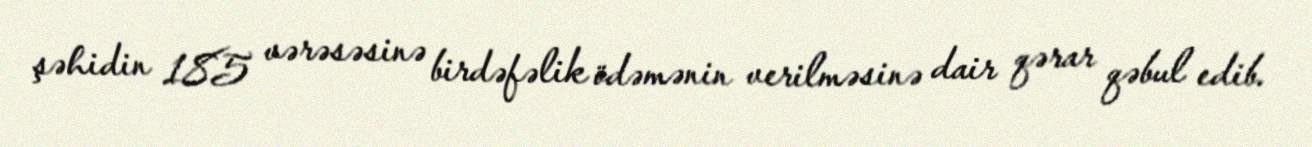
şəhidin 185 vərəsəsinə birdəfəlik ödəmənin verilməsinə dair qərar qəbul edib.